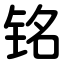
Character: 铭